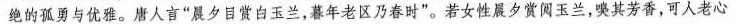
绝的孤勇与优雅。唐人言”晨夕目赏白玉兰，暮年老区乃春时”。若女性晨夕赏阅玉兰，嗅其芳香，可人老心